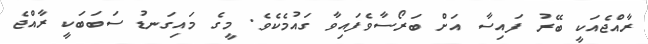
ރާއްޖެއަކީ ބޭރު ފައިސާ އަށް ބަރޯސާވެފައިވާ ގައުމެކެވެ. މީގެ މައިގަނޑު ސަބަބަކީ ރާއްޖެ